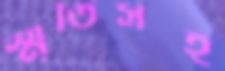
স্মৃতিসহ